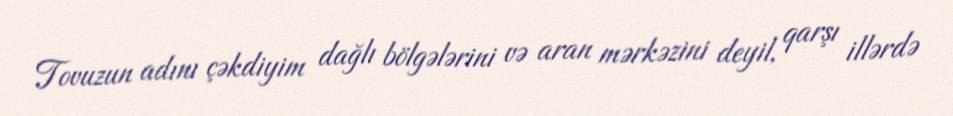
Tovuzun adını çəkdiyim dağlı bölgələrini və aran mərkəzini deyil, qarşı illərdə